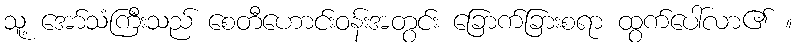
သူ့ အော်သံကြီးသည် စေတီဟောင်းဝန်းအတွင်း ခြောက်ခြားစရာ ထွက်ပေါ်လာ၏ ။